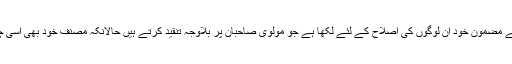
جبکہ صاحب مضمون نے مضمون خود ان لوگوں کی اصلاح کے لئے لکھا ہے جو مولوی صاحبان پر بلاوجہ تنقید کرتے ہیں حالانکہ مصنف خود بھی اسی چیز کا مرتکب ہورہا ہے۔